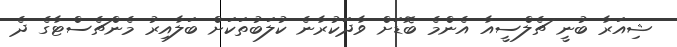
ޝިއަރާ ބުނީ ޗެލްސީއާ އެންމެ ބޮޑަށް ވާދަކުރާނެ ކުލަބުތަކަށް ބަލާއިރު މެންޗެސްޓާގެ ދެ